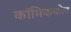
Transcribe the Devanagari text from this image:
कॉमिककोन